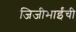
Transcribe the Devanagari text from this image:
जिजीभाईंची